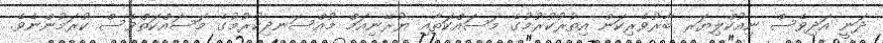
ދަނީ އަދިވެސް ނިއުކްލިޔަރ ބާރުވެރިކަން އިތުރުކުރުމުގެ މަސައްކަތާއި ޔުރޭނިއަމް މުއްސަނދިކުރުމުގެ މަސައްކަތްވެސް ކުރަމުންނެވެ.